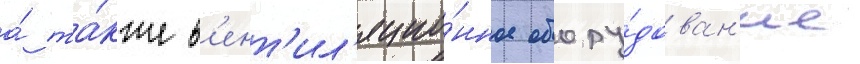
а́ та́кже в'ент'ил'яцио́нное обору́дован'ие